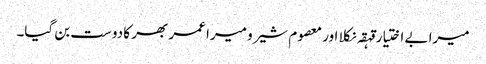
میرا بے اختیار قہقہ نکلا اور معصوم شیرو میرا عمر بھر کا دوست بن گیا۔